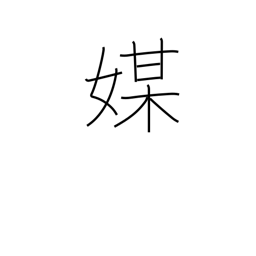
Meaning: mediator